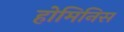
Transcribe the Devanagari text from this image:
होमिनिस